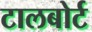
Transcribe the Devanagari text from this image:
टालबोर्ट